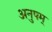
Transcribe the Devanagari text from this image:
अनुपम्